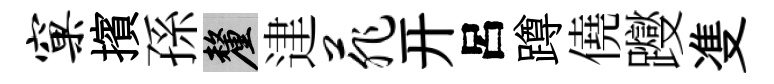
窠擯孫厘䢖菲开呂蹲僥躞㕠